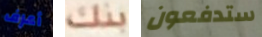
أعرف بنك ستدفعون